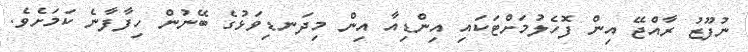
ނުފޫޒު ރާއްޖޭ އިން ފޮހެލުމަށްޓަކައި އިންޑިއާ އިން މިދަނޑިވަޅުގެ ބޭނުން ހިފާފާނެ ކަމަށެވެ.